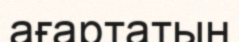
ағартатын